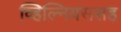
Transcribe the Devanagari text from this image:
व्हिल्नियससह